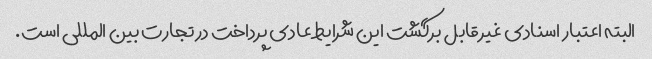
البته اعتبار اسنادی غیر قابل برگشت این شرایط عادی پرداخت در تجارت بین المللی است.